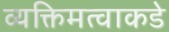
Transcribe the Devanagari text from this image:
व्यक्तिमत्वाकडे